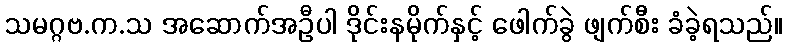
သမဂ္ဂဗ.က.သ အဆောက်အဦပါ ဒိုင်းနမိုက်နှင့် ဖေါက်ခွဲ ဖျက်စီး ခံခဲ့ရသည်။